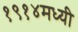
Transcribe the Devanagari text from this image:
१९१४मध्यी